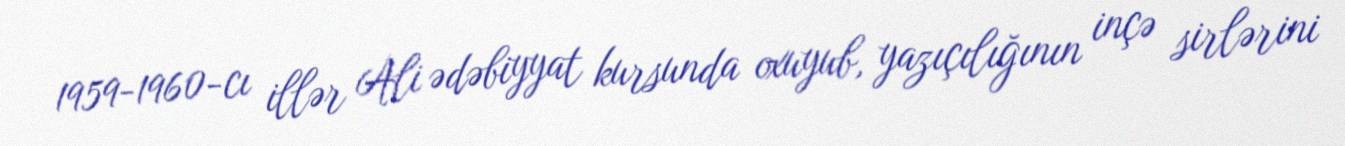
1959-1960-cı illər Ali ədəbiyyat kursunda oxuyub, yazıçılığının inçə sirlərini